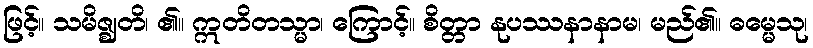
ဖြင့်။ သမိဇ္ဈတိ၊ ၏။ ဣတိတသ္မာ၊ ကြောင့်။ စိတ္တာ နုပဿနာနာမ၊ မည်၏။ ဓမ္မေသု၊